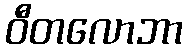
ဝီတလောဘာ